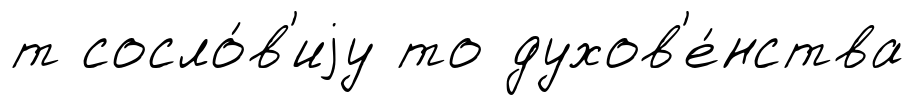
т сосло́в'иjу то духов'е́нства